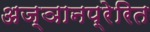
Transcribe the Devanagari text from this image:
अज्ञानप्रेरित